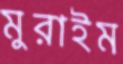
মুরাইম